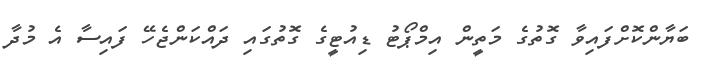
ބަޔާންކޮށްފައިވާ ގޮތުގެ މަތީން އިމްޕޯޓު ޑިއުޓީގެ ގޮތުގައި ދައްކަންޖެހޭ ފައިސާ އެ މުދާ